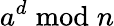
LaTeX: a^{d}{\bmod{n}}